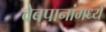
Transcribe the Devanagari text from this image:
वेबपानांमध्ये